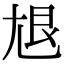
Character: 𡯣